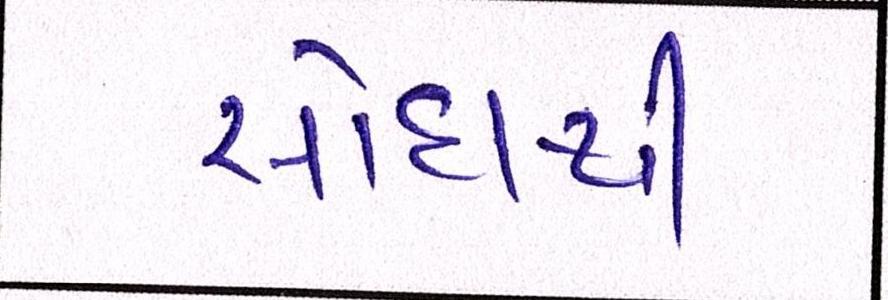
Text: સોદાથી